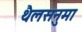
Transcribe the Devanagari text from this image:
थैलसनुमा